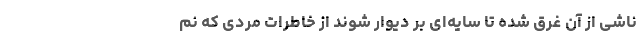
ناشی از آن غرق شده‌ تا سایه‌ای بر دیوار شوند از خاطرات مردی که نم